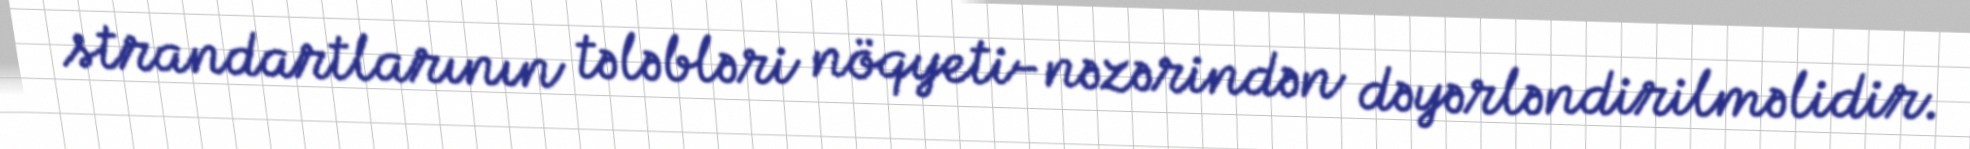
strandartlarının tələbləri nöqyeti-nəzərindən dəyərləndirilməlidir.